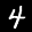
Label: 4